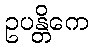
ဥပန္တိကေ